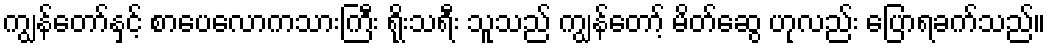
ကျွန်တော်နှင့် စာပေလောကသားကြီး ရိုးသရီး သူသည် ကျွန်တော့် မိတ်ဆွေ ဟုလည်း ပြောရခက်သည်။